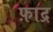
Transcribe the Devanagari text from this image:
फ़ाद्र